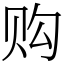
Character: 购